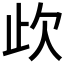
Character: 𣢃